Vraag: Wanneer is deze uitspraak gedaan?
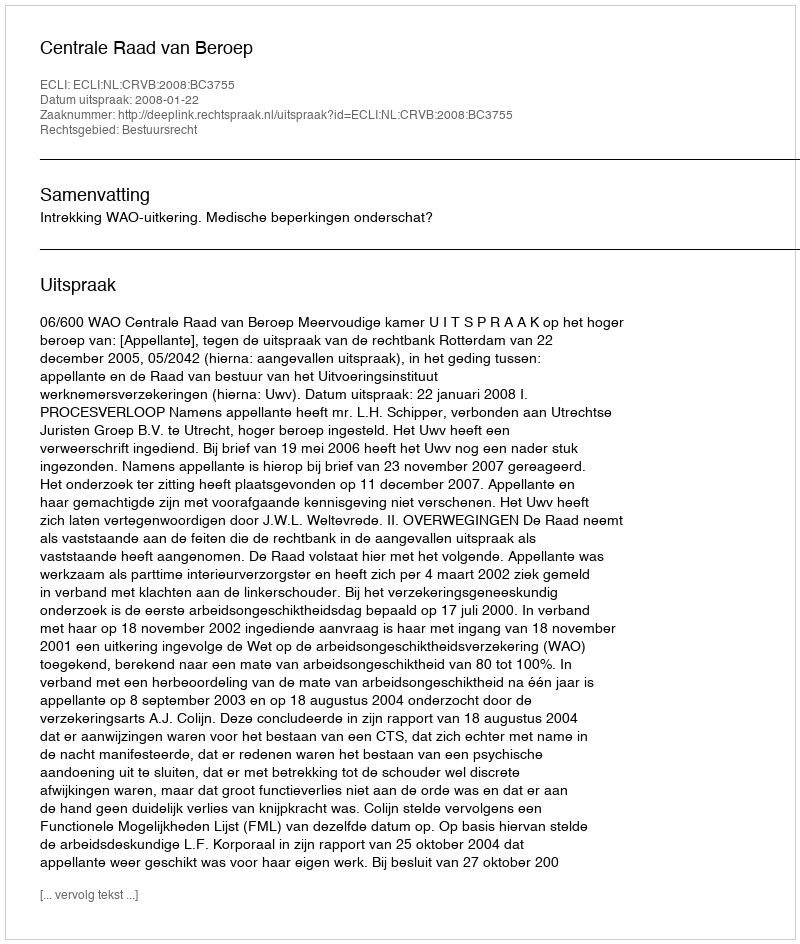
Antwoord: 2008-01-22